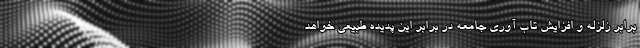
برابر زلزله و افزایش تاب آوری جامعه در برابر این پدیده طبیعی خواهد